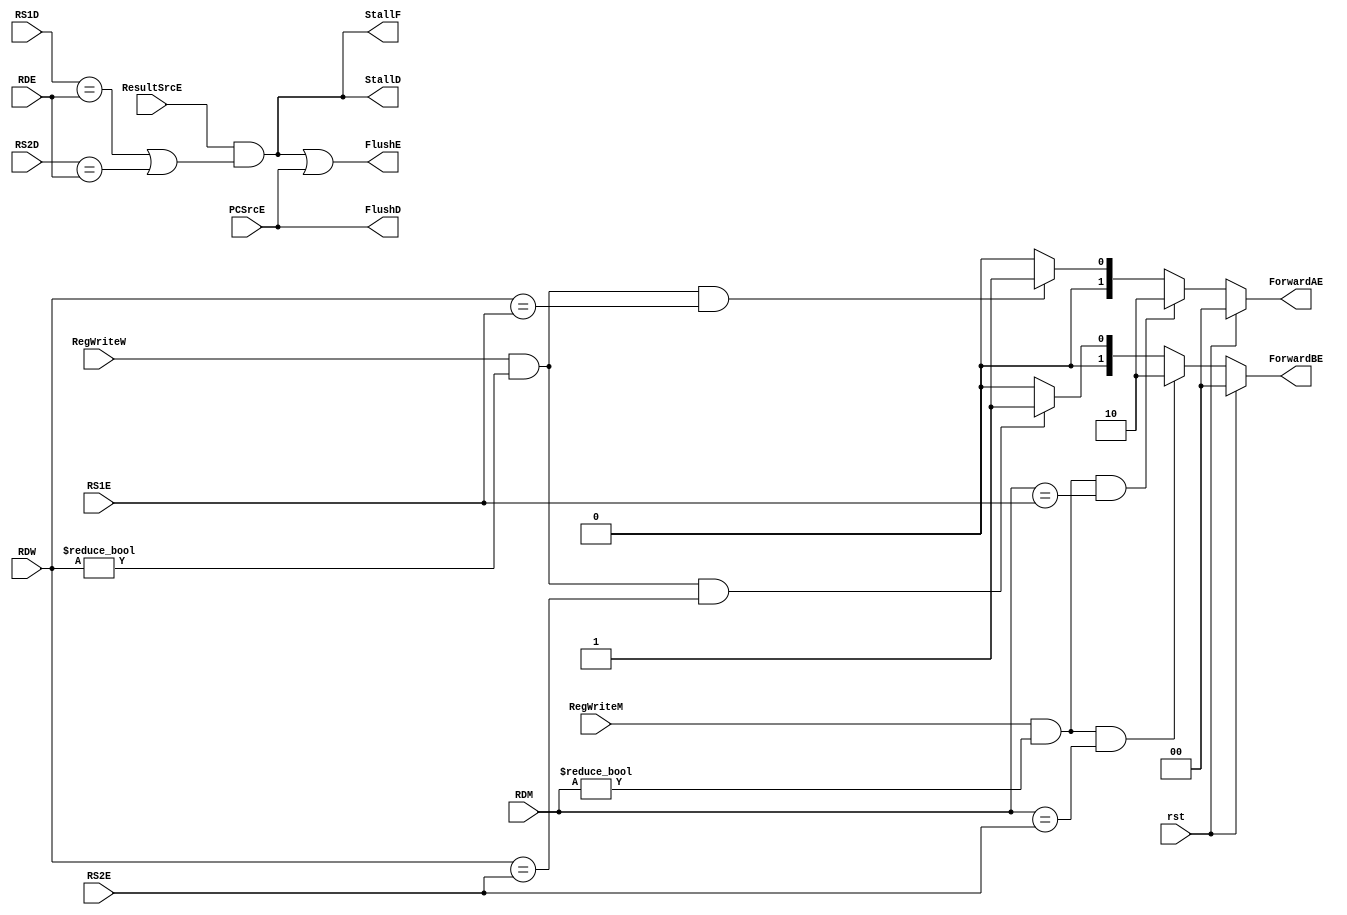
`timescale 1ns / 1ps
//////////////////////////////////////////////////////////////////////////////////
// Company: 
// Engineer: 
// 
// Design Name: 
// Module Name:    Hazard_Unit 
// Project Name: 
// Target Devices: 
// Tool versions: 
// Description: 
//
// Dependencies: 
//
// Revision: 
// Revision 0.01 - File Created
// Additional Comments: 
//
//////////////////////////////////////////////////////////////////////////////////
module Hazard_Unit(
    input rst,
    input RegWriteM, RegWriteW,PCSrcE,
    input  ResultSrcE,
    input [4:0] RS1E, RS2E, RDM, RDW, RDE, RS1D, RS2D,
    output reg  StallF, StallD,FlushE,FlushD,
    output reg [1:0] ForwardAE, ForwardBE
);

    reg lwStall;
//ForwardAE
    always @(*) begin
        if (rst == 1'b1) begin
            ForwardAE = 2'b00;
        end else if ((RegWriteM == 1'b1) && (RDM != 5'h00) && (RDM == RS1E)) begin
            ForwardAE = 2'b10;
        end else if ((RegWriteW == 1'b1) && (RDW != 5'h00) && (RDW == RS1E)) begin
            ForwardAE = 2'b01;
        end else begin
            ForwardAE = 2'b00;
        end
    end
    
//ForwardBE
always @(*) begin
    if (rst == 1'b1) begin
        ForwardBE = 2'b00;
    end else if ((RegWriteM == 1'b1) && (RDM != 5'h00) && (RDM == RS2E)) begin
        ForwardBE = 2'b10;
    end else if ((RegWriteW == 1'b1) && (RDW != 5'h00) && (RDW == RS2E)) begin
        ForwardBE = 2'b01;
    end else begin
        ForwardBE = 2'b00;
    end
end

//Stall, Flush
always @(*) begin
    lwStall = ResultSrcE & ((RS1D == RDE) | (RS2D == RDE));
    StallD = lwStall;
    StallF = lwStall;
    FlushE = lwStall | PCSrcE;
    FlushD = PCSrcE;
end

endmodule